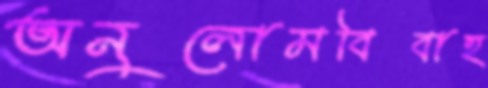
অনুলোমবিবাহ